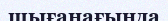
шығанағында